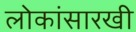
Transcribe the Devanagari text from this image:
लोकांसारखी